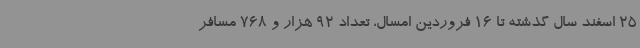
25 اسفند سال گذشته تا 16 فروردین امسال، تعداد 92 هزار و 768 مسافر